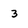
Character: 3